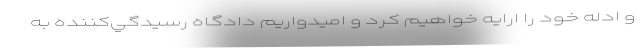
و ادله خود را ارايه خواهيم كرد و اميدواريم دادگاه رسيدگي‌كننده به